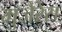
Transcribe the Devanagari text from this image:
मुजेरेस